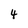
Character: 4